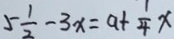
5 \frac { 1 } { 2 } - 3 x = a + \frac { 1 } { 4 } x